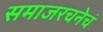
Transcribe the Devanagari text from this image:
समाजरचनेचं